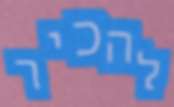
להכיר